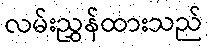
လမ်းညွှန်ထားသည်